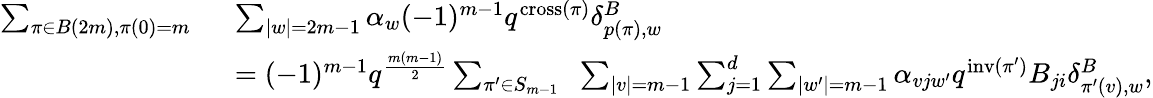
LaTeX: \begin{array}{rl}{\sum_{\pi\in B(2m),\pi(0)=m\; \; }}&{\sum_{|w|=2m-1}\alpha_{w}(-1)^{m-1}q^{\textup{cross}(\pi)}\delta_{p(\pi),w}^{B}}\\ &{=(-1)^{m-1}q^{\frac{m(m-1)}{2}}\sum_{\pi^{\prime}\in S_{m-1}\; \; }\sum_{|v|=m-1}\sum_{j=1}^{d}\sum_{|w^{\prime}|=m-1}\alpha_{vjw^{\prime}}q^{\textup{inv}(\pi^{\prime})}B_{ji}\delta_{\pi^{\prime}(v),w}^{B},}\end{array}